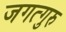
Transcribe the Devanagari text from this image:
जगत्गुरु